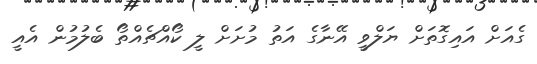
ގެއަށް އައިގޮތަށް ޔަލްވީ އޭނާގެ އަތު މުށަށް ލީ ކޯއްޗެއްތޯ ބެލުމުން އެއީ